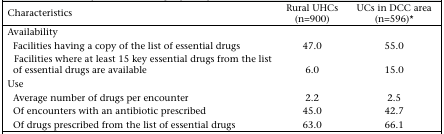
<table><thead><tr><td><b>Characteristics</b></td><td><b>Rural UHCs (n=900)</b></td><td><b>UCs in DCC area (n=596)*</b></td></tr></thead><tbody><tr><td>Availability</td><td></td><td></td></tr><tr><td>Facilities having a copy of the list of essential drugs</td><td>47.0</td><td>55.0</td></tr><tr><td>Facilities where at least 15 key essential drugs from the list of essential drugs are available</td><td>6.0</td><td>15.0</td></tr><tr><td>Use</td><td></td><td></td></tr><tr><td>Average number of drugs per encounter</td><td>2.2</td><td>2.5</td></tr><tr><td>Of encounters with an antibiotic prescribed</td><td>45.0</td><td>42.7</td></tr><tr><td>Of drugs prescribed from the list of essential drugs</td><td>63.0</td><td>66.1</td></tr></tbody></table>